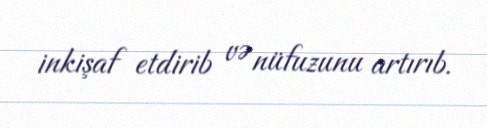
inkişaf etdirib və nüfuzunu artırıb.